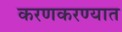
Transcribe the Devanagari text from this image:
करणकरण्यात